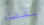
بقضاء